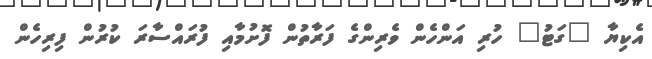
އެކިޔާ "ގަޓު" ހުރި އަންހެން ވެރިންގެ ފަރާތުން ފޮށުމާއި ފުރައްސާރަ ކުރުން ފިރިހެން